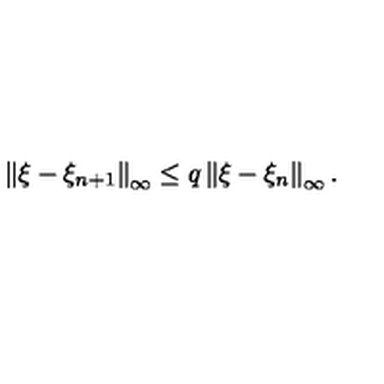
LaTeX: \left\| \xi - \xi _ { n + 1 } \right\| _ { \infty } \leq q \left\| \xi - \xi _ { n } \right\| _ { \infty } .